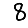
Digit: 8